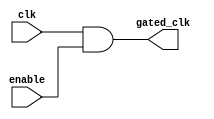
module clock_gating_cell (
    input wire clk,              // Main clock input
    input wire enable,           // Clock gating control signal
    output wire gated_clk        // Gated clock output
);
    assign gated_clk = clk & enable; // Gated clock signal
endmodule